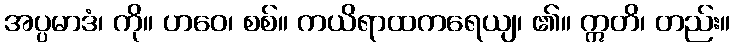
အပ္ပမာဒံ၊ ကို။ ဟဝေ၊ စစ်။ ကယိရာထကရေယျ၊ ၏။ ဣတိ၊ တည်း။